Tezpur Lunatic Asylum reports 1877-1894 - 1877-1894
Year: 1877
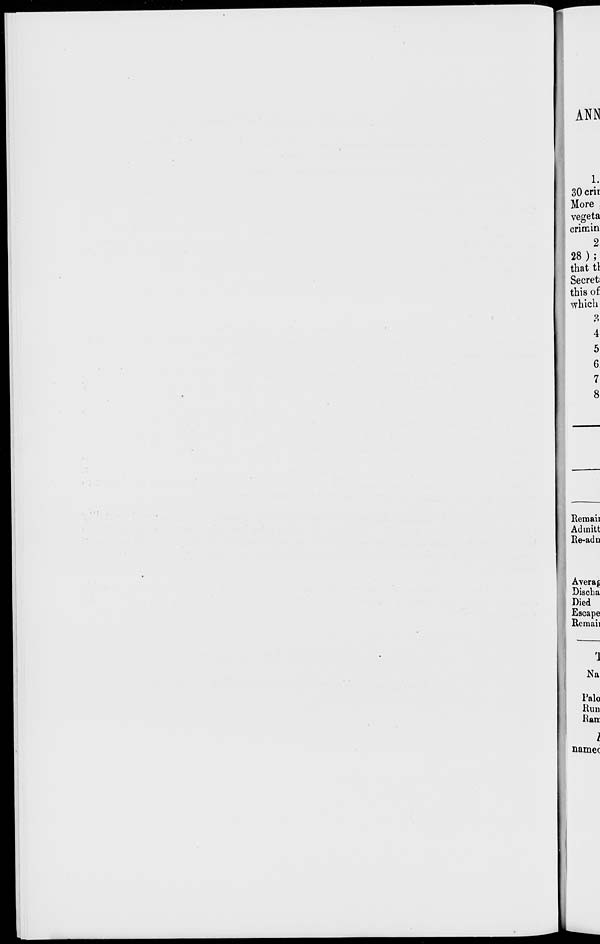
ANN
l.
30 crir
More
vegeta
crimin
2
28);
that tl
Secret:
this of
which
3
5
6
7
8
Reraaii
Adinitt
Re-ad n
Avera^
Discha
Died
Escape
Roman
Na.
Palo
Run
Ran
I
namec